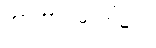
အာဟာရဓာတ်များ